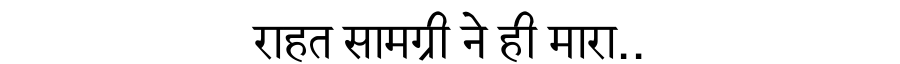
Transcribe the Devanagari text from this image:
राहत सामग्री ने ही मारा..